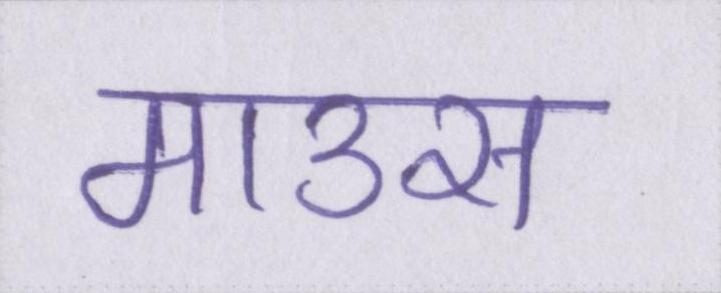
माउस